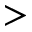
>